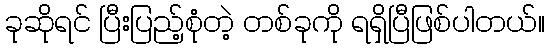
ခုဆိုရင် ပြီးပြည့်စုံတဲ့ တစ်ခုကို ရရှိပြီဖြစ်ပါတယ်။